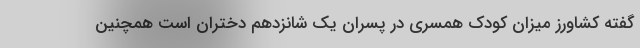
گفته کشاورز میزان کودک همسری در پسران یک شانزدهم دختران است همچنین